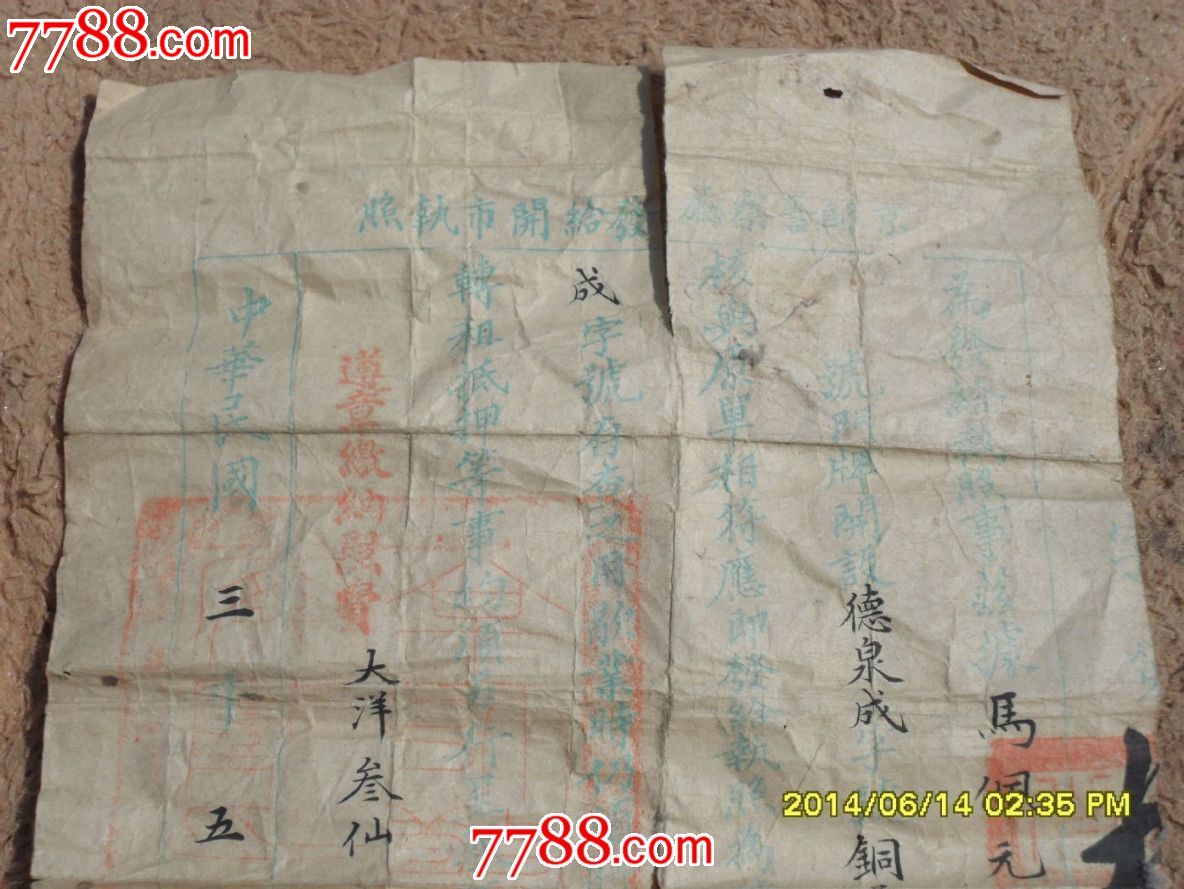
城雪初消荠菜生，角门深巷少人行。